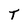
Character: T